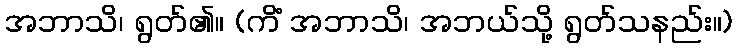
အဘာသိ၊ ရွတ်၏။ (ကိံ အဘာသိ၊ အဘယ်သို့ ရွတ်သနည်း။)